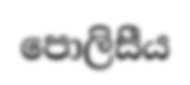
පොලිසීය